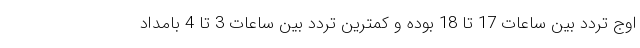
اوج تردد بین ساعات 17 تا 18 بوده و کمترین تردد بین ساعات 3 تا 4 بامداد